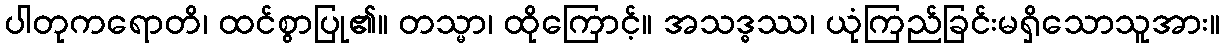
ပါတုကရောတိ၊ ထင်စွာပြု၏။ တသ္မာ၊ ထိုကြောင့်။ အသဒ္ဓဿ၊ ယုံကြည်ခြင်းမရှိသောသူအား။